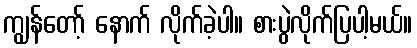
ကျွန်တော့် နောက် လိုက်ခဲ့ပါ။ စားပွဲလိုက်ပြပါ့မယ်။